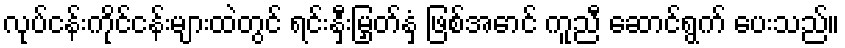
လုပ်ငန်းကိုင်ငန်းများထဲတွင် ရင်းနှီးမြှတ်နှံ ဖြစ်အောင် ကူညီ ဆောင်ရွက် ပေးသည်။